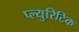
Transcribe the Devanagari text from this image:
प्ल्युरिटिक